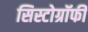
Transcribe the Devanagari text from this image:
सिस्टोग्रॉफी